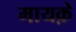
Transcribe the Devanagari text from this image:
मायक़े